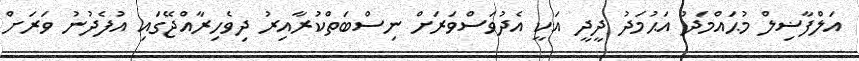
އަލްފާޟިލް މުޙައްމަދު އަޙުމަދު ދީދީ އަކީ އެދުވަސްވަރަށް ނިސްބަތްކުރާއިރު ދިވެހިރާއްޖޭގައި އުފެދުނު ވަރަށް